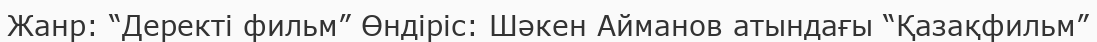
Жанр: “Деректі фильм” Өндіріс: Шәкен Айманов атындағы “Қазақфильм”